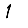
Digit: 1